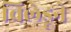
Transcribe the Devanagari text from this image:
चिलेडूने